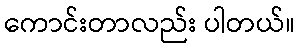
ကောင်းတာလည်း ပါတယ်။